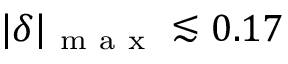
| \delta | _ { \mathrm { ~ m ~ a ~ x ~ } } \lesssim 0 . 1 7